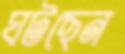
ঘটছেন